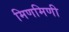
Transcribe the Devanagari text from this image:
मिणमिणी